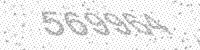
Solution: 569964